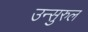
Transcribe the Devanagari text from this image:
उन्सुरुल